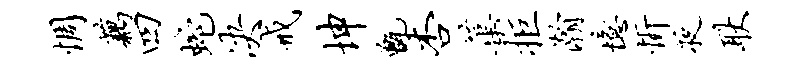
惆藕四蛇决戒坤甑杏蕖拒瀚忆忻夜耿